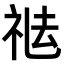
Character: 𥙒